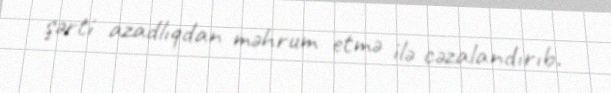
şərti azadlıqdan məhrum etmə ilə cəzalandırıb.